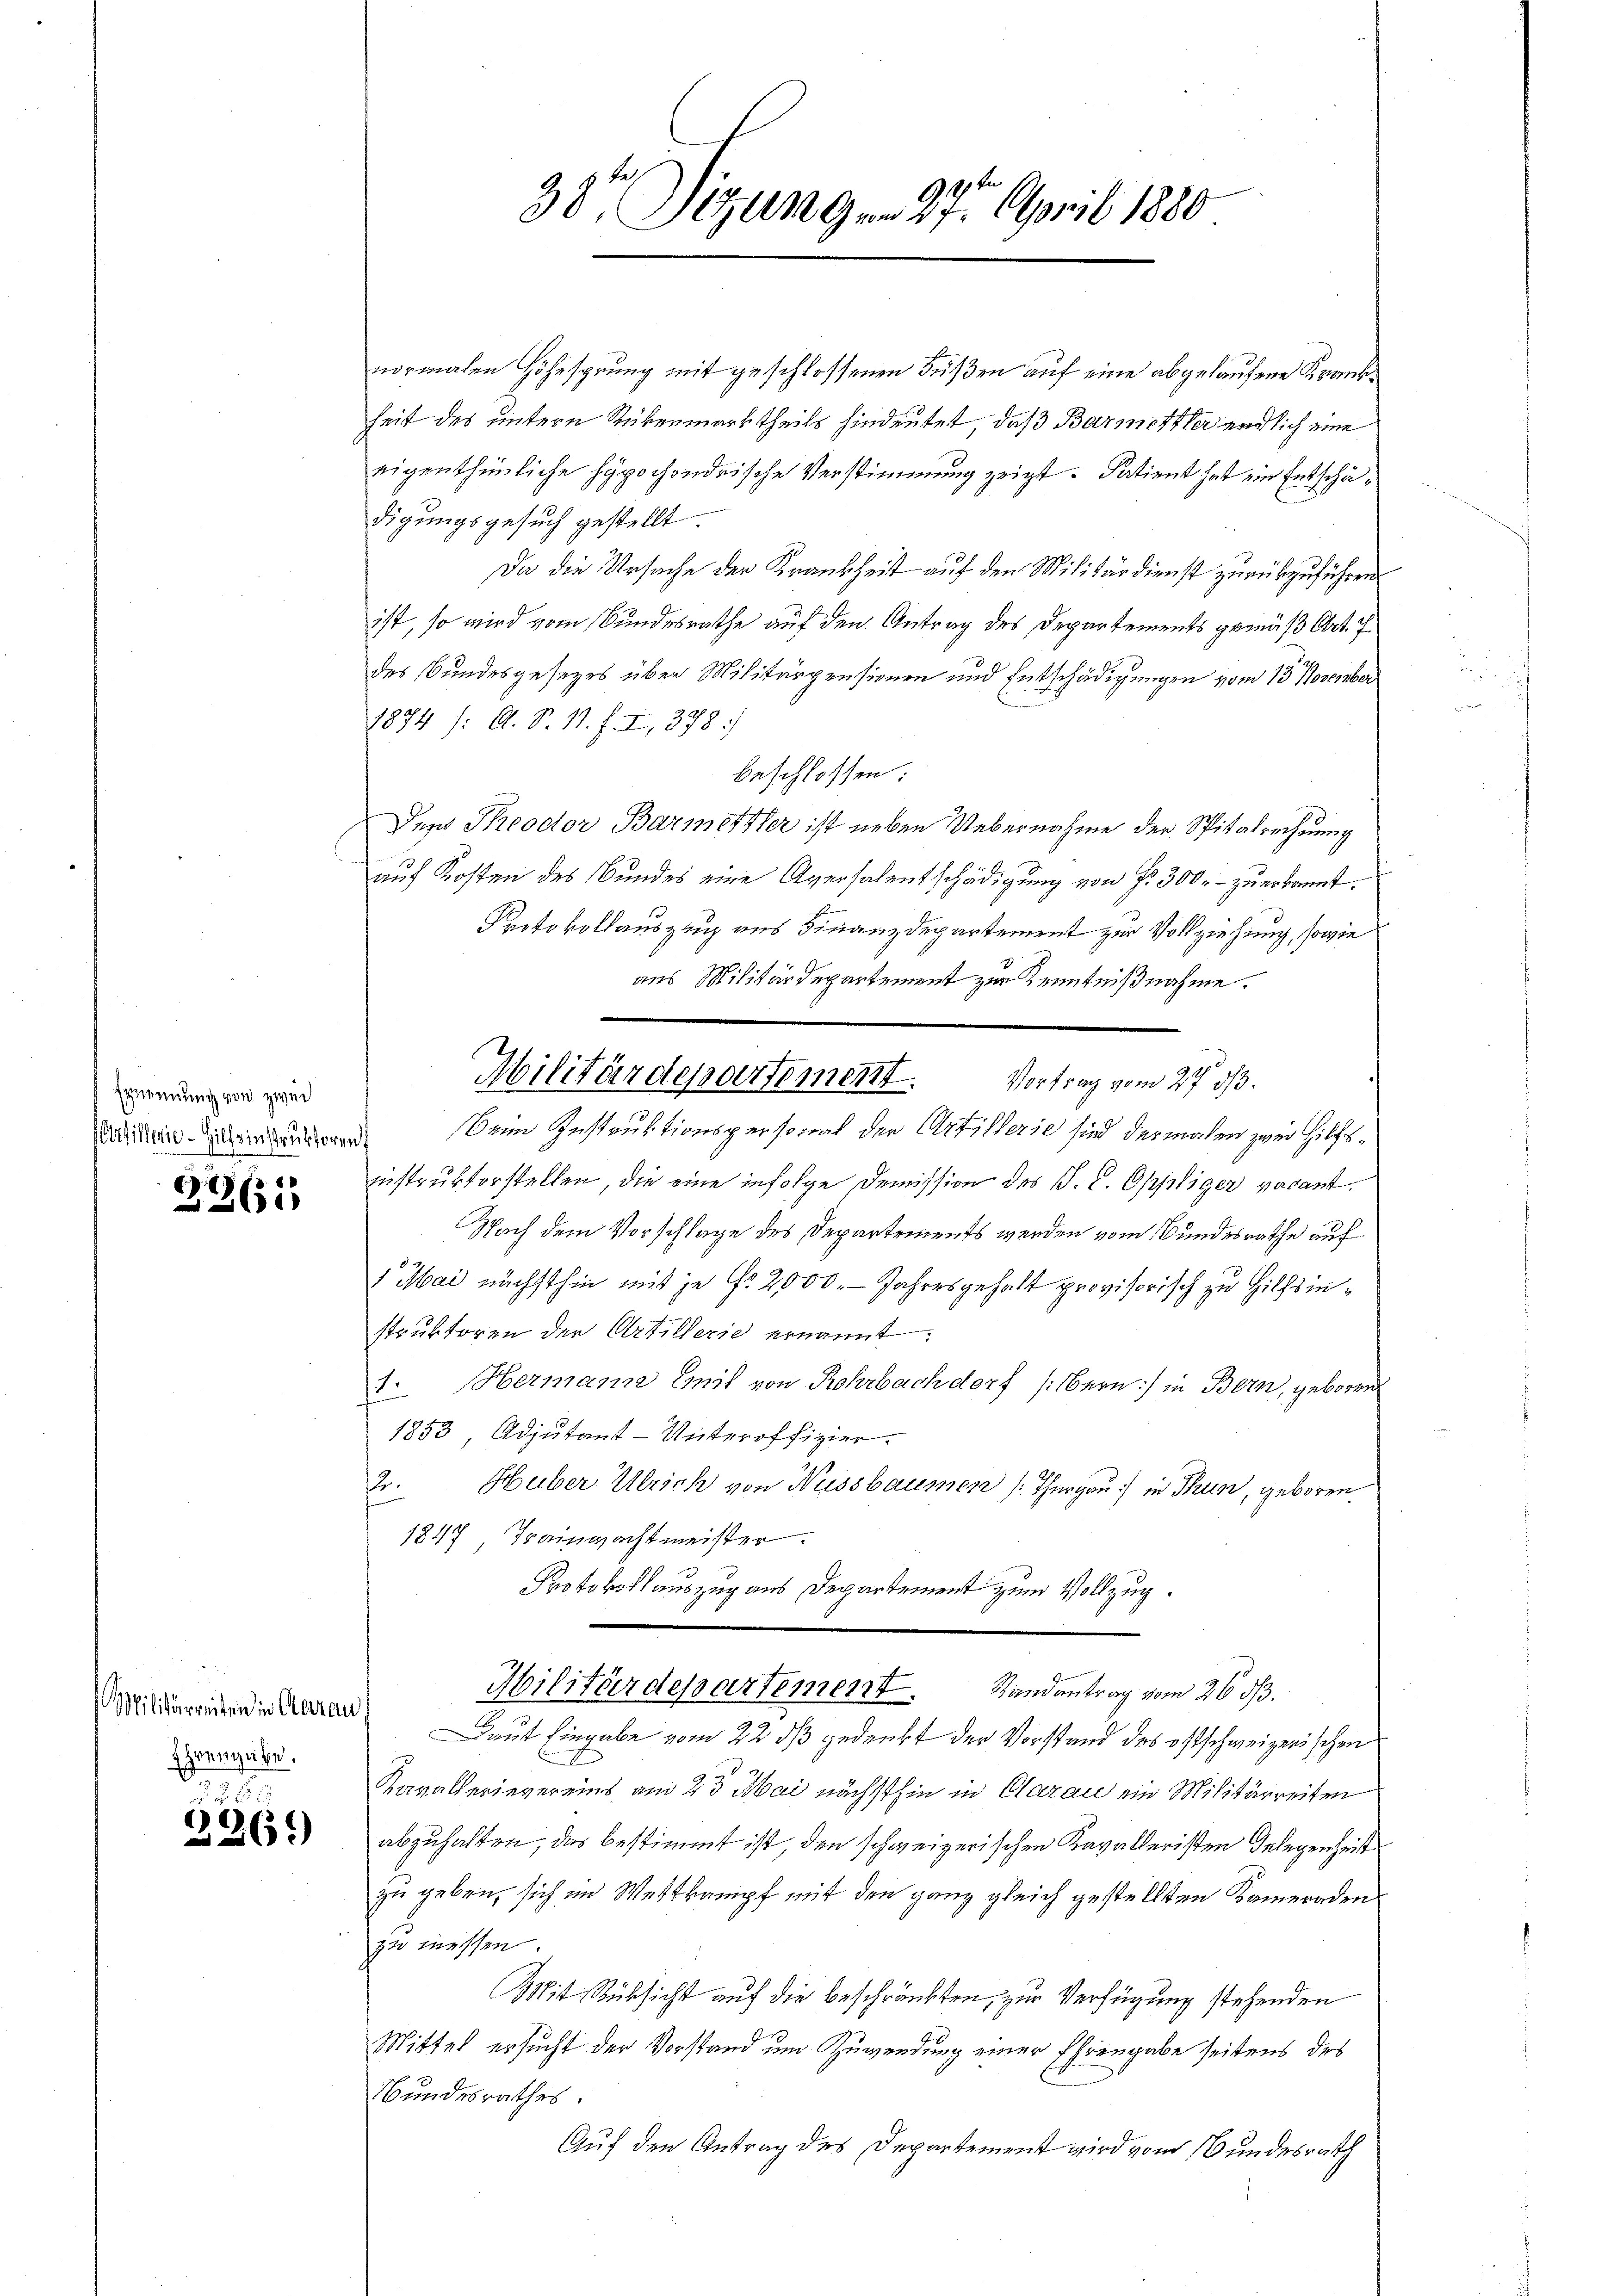
Ernennung von zwei
Artillerie - Hilfsinstruktoren

.
261

Militärweiten in Aarau
Ehrengabe.

2550
3265)

319 f
38 Dizungen 27. April 1880

normalen Höhesprung mit geschlossenen Füßen auf eine abgelaufene Krankheit des untern Rükenmarktheils hindeutet, daß Barmittler endlich eine
eigenthümliche Hypochondrische Verstimmung zeigt. Satient hat ein Entschädigungsgesuch gestellt.
Da die Ursache der Krankheit auf den Militärdienst zurückzuführen
ist, so wird vom Bundesrathe auf den Antrag des Departements gemäß Art. 7
des Bundesgesetzes über Militärpensionen und Entschädigungen vom 13. November
1874 /: A. S. 11. f. I, 378.)
beschlossen:
Den Theodor Barmerkter ist neben Uebernahme der Spitalrechnung
auf Kosten des Bundes eine Aversalentschädigung von Fr. 300.- zu erkannt.
E
Protokollauszug aus Finanzdepartement zur Vollziehung, sowie
aus Militärdepartement zur Kenntnißnahme.
Beim Instruktionspersonal der Artillerie sind dermalen zwei Hilfsiinstruktorstellen, die eine infolge Demission des P. C. Oppliger vacant.
Nach dem Vorschlage des Departements werden vom Bundesrathe auf
1 Mai nächsthin mit je Nr. 2000. Jahresgehalt provisorisch zu Hilfsinstruktoren der Artillerie ernannt:
1. Hermann nit von Rohrbachdorf (Bern) in Bern, geboren
1853 Adjutant-Unteroffizier
2. Huber Ulrich von Nussbaumen (Thurgau in Thun, geboren
1847 Trainwachtmeister.
Protokollauszug aus Departement zum Vollzug.
Militärdepartement. Randantrag vom 26. dβ.
Laut Eingabe vom 22. ds gedenkt der Vorstand des ostschweizerischen
2
Tavallerievereins am 23 Mai nächsthin in Clarau ein Militärreiten
abzuhalten, das bestimmt ist, den schweizerischen Kavalleristen Gelegenheit
zu geben, sich im Wettkampf mit den ganz gleich gestellten Kameraden
zu messen.
Mit Rücksicht auf die beschränkten, zur Verfügung stehenden
Mittel ersucht der Vorstand um Zuwendung einer Ehrengabe seitens des
Bundesrathes.
Auf den Antrag des Departement wird vom Bundesrath

Militärdepartement. Vortrag vom 27. 33.